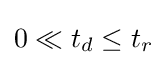
0\ll t_{d}\leq t_{r}